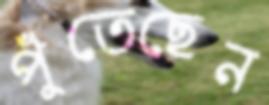
পুঁতেছেন